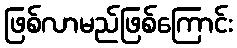
ဖြစ်လာမည်ဖြစ်ကြောင်း